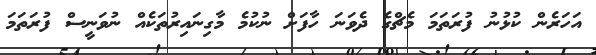
އަހަރެން ކުޅުނު ފުރަތަމަ މެޗްގެ ދެވަނަ ހާފަށް ނުކުމެ މާގިނައިރުތަކެއް ނުވަނީސް ފުރަތަމަ